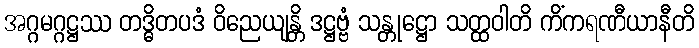
အဂ္ဂမဂ္ဂဋ္ဌဿ တဒ္ဓိတပဒံ ဝိညေယျန္တိ ဒဋ္ဌဗ္ဗံ သန္တုဋ္ဌော သတ္ထဝါတိ ကိံကရဏီယာနီတိ